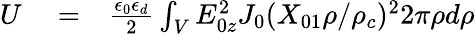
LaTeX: \begin{array}{rlr}{U}&{{}=}&{\frac{\epsilon_{0}\epsilon_{d}}{2}\int_{V}E_{0z}^{2}J_{0}(X_{01}\rho/\rho_{c})^{2}2\pi\rho d\rho}\end{array}